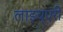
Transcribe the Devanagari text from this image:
लाइब्एरी